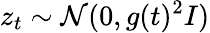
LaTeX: z_{t}\sim\mathcal{N}(0,g(t)^{2}I)